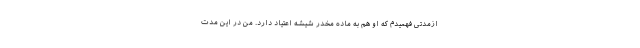
ازمدتی فهمیدم که او هم به ماده مخدر شیشه اعتیاد دارد. من در این مدت